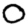
Digit: 0